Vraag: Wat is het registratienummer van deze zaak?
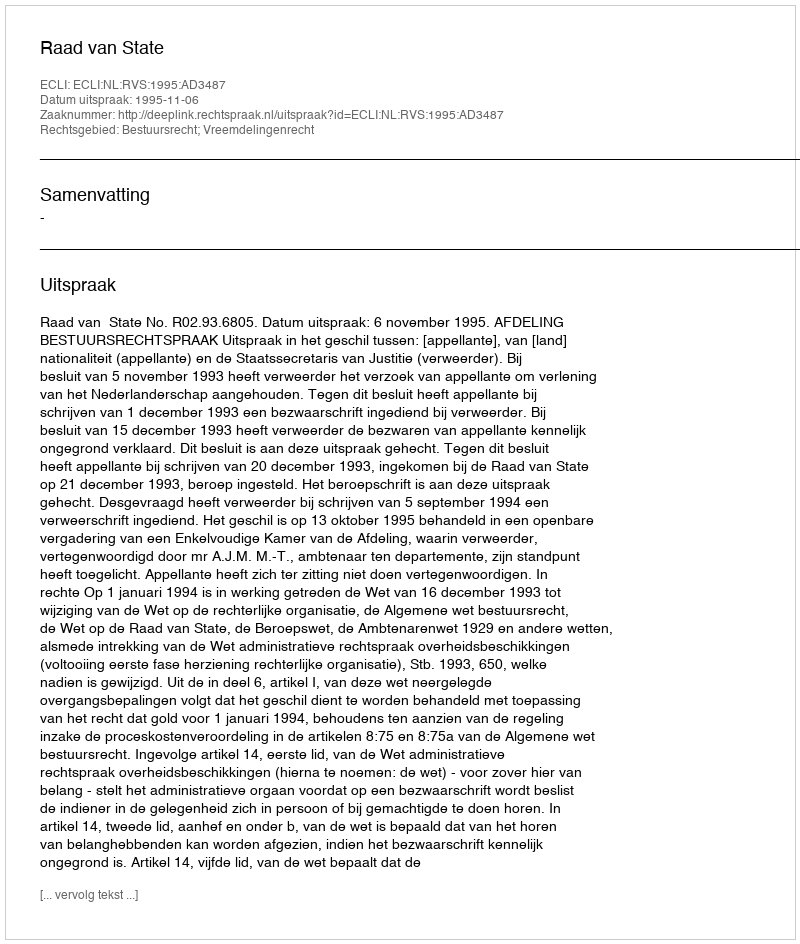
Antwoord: http://deeplink.rechtspraak.nl/uitspraak?id=ECLI:NL:RVS:1995:AD3487